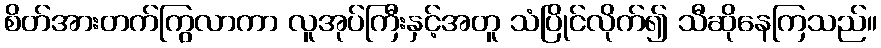
စိတ်အားတက်ကြွလာကာ လူအုပ်ကြီးနှင့်အတူ သံပြိုင်လိုက်၍ သီဆိုနေကြသည်။